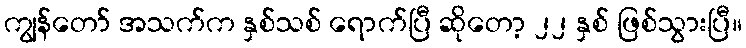
ကျွန်တော် အသက်က နှစ်သစ် ရောက်ပြီ ဆိုတော့ ၂၂ နှစ် ဖြစ်သွားပြီ။